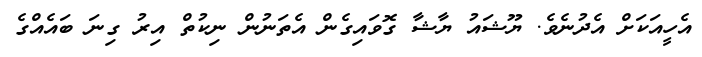
އެހީއަކަށް އެދުނެވެ. ޔޫޝައު ޔާޝާ ގޮވައިގެން އެތަނުން ނިކުތް އިރު ގިނަ ބައެއްގެ